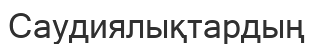
Саудиялықтардың